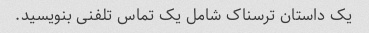
یک داستان ترسناک شامل یک تماس تلفنی بنویسید.